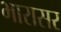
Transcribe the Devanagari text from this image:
भारासर